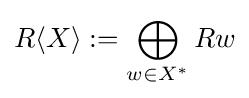
R\langle X\rangle :=\bigoplus _{w\in X^{\ast }}Rw